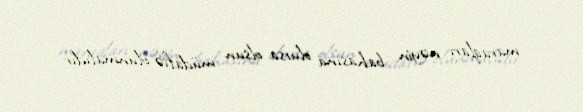
maraqları nəyin bahasına olursa-olsun müdafiə olunmalıdır.